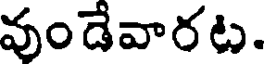
వుండేవారట.